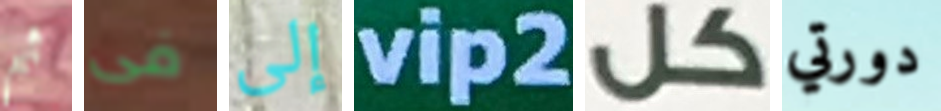
ثم فى إلى vip2 كل دورتي